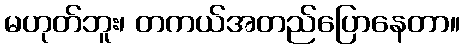
မဟုတ်ဘူး၊ တကယ်အတည်ပြောနေတာ။